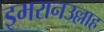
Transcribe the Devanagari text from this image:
इमरानउल्लाह